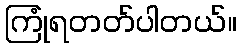
ကြုံရတတ်ပါတယ်။